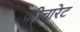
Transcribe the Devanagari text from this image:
फीचारेट